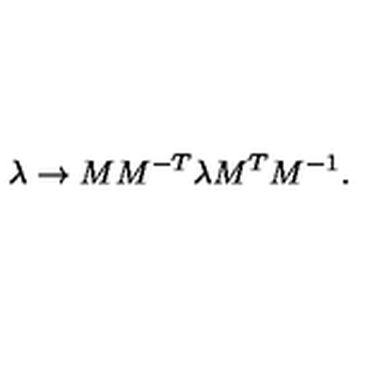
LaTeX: \lambda \to M M ^ { - T } \lambda M ^ { T } M ^ { - 1 } .